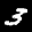
Label: 3